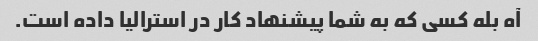
آه بله کسی که به شما پیشنهاد کار در استرالیا داده است.